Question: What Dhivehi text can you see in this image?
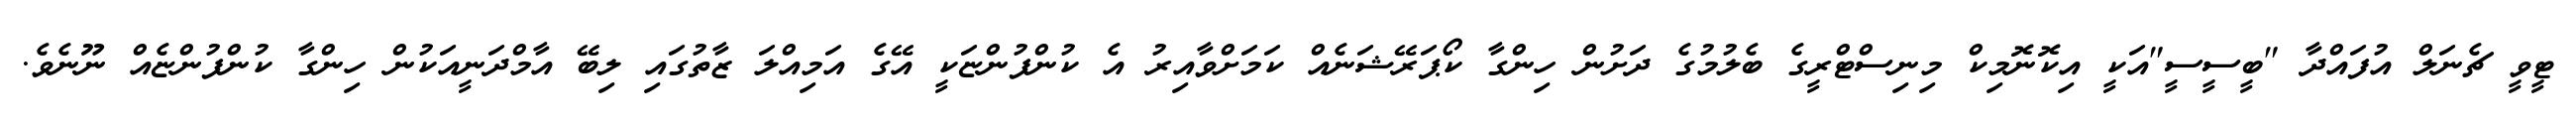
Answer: ޓީވީ ޗެނަލް އުފައްދާ "ބީސީސީ"އަކީ އިކޮނޮމިކް މިނިސްޓްރީގެ ބެލުމުގެ ދަށުން ހިންގާ ކޯޕަރޭޝަނެއް ކަމަށްވާއިރު އެ ކުންފުންޏަކީ އޭގެ އަމިއްލަ ޒާތުގައި ލިބޭ އާމްދަނީއަކުން ހިންގާ ކުންފުންޏެއް ނޫނެވެ.